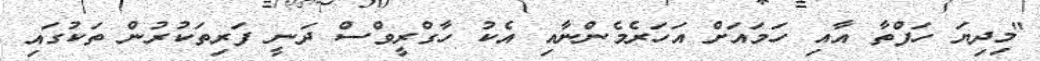
"މިދިޔަ ހަފްތާ އާއި ހަމައަށް އަހަރެމެންނާއި އެކު ހާގްރީވްސް ދަނީ ފަރިތަކުރުން ތަކުގައި